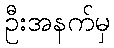
ဦးအနက်မှ